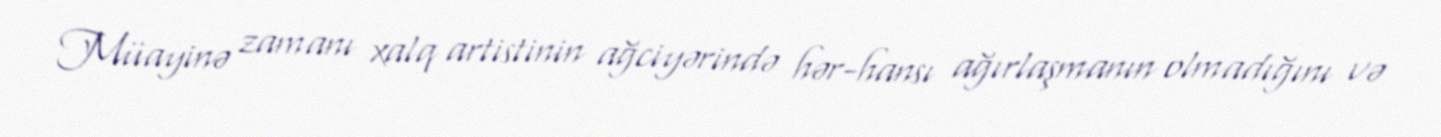
Müayinə zamanı xalq artistinin ağciyərində hər-hansı ağırlaşmanın olmadığını və